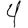
Digit: 4